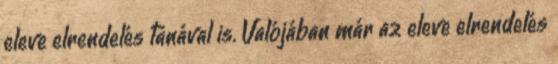
eleve elrendelés tanával is. Valójában már az eleve elrendelés